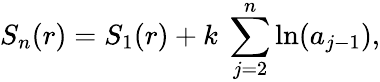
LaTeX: S_{n}(r)=S_{1}(r)+k\ \sum_{j=2}^{n}\ln(a_{j-1}),